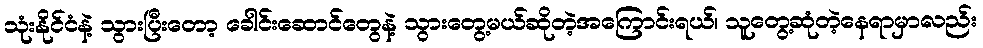
သုံးနိုင်ငံနဲ့ သွားပြီးတော့ ခေါင်းဆောင်တွေနဲ့ သွားတွေ့မယ်ဆိုတဲ့အကြောင်းရယ်၊ သူတွေ့ဆုံတဲ့နေရာမှာလည်း